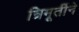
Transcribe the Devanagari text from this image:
त्रिमूर्तीने